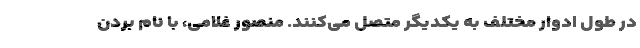
در طول ادوار مختلف به یکدیگر متصل می‌کنند. منصور غلامی، با نام بردن